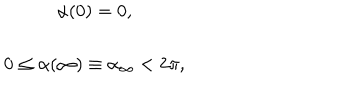
LaTeX: \begin{array} { c } { { \alpha ( 0 ) = 0 , } } \\ { { 0 \leq \alpha ( \infty ) \equiv \alpha _ { \infty } < 2 \pi , } } \\ \end{array}